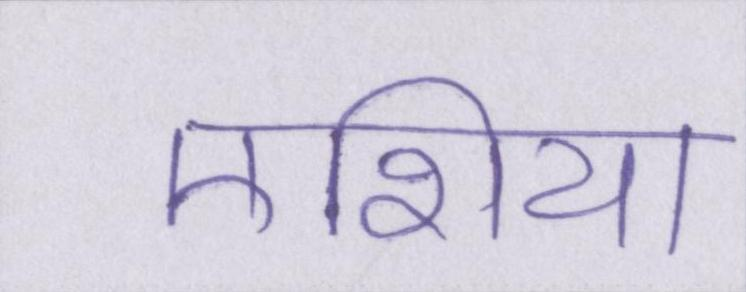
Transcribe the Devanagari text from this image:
एशिया